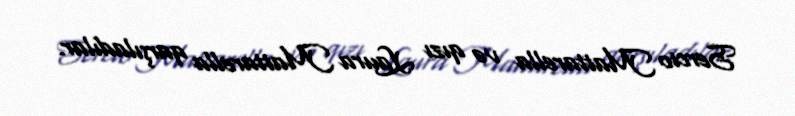
Sercio Mattarella və qızı Laura Mattarella qarşıladılar.